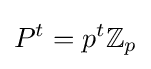
P^{t}=p^{t}\mathbb {Z} _{p}